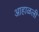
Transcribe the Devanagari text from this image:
आहाळली